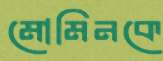
মোমিনকে